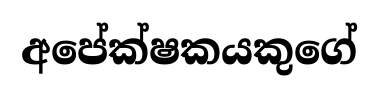
අපේක්ෂකයකුගේ